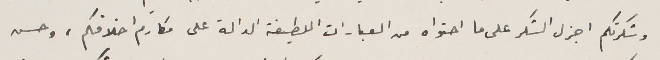
وشكرتكم اجزل الشكر على ما احتواه من العبارات اللطيفة الدالة على مكارم اخلاقكم، وحسن